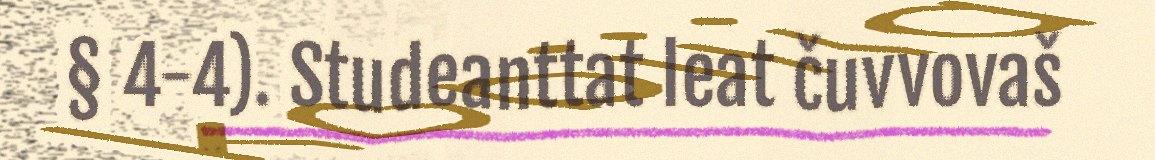
§ 4-4). Studeanttat leat čuvvovaš